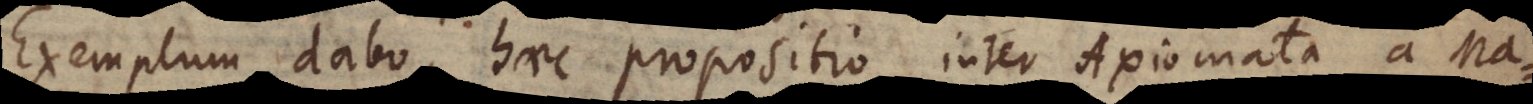
Exemplum dabo, haec propositio inter Axiomata a Ma